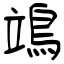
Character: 鴗